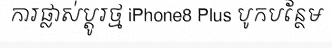
ការផ្លាស់ប្តូរថ្ម iPhone8 Plus បូកបន្ថែម